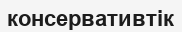
консервативтік